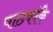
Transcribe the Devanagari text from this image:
पाठकॉके